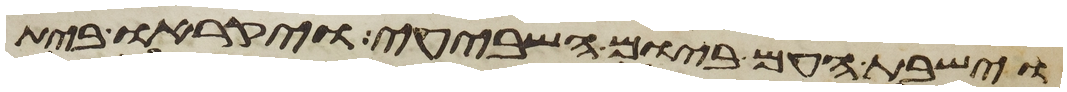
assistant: וישבת העם ביום השביעי ויקראו בית